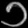
Digit: ၁